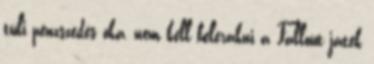
túli pénzszedés oka, nem kell belerakni a Fallout játék